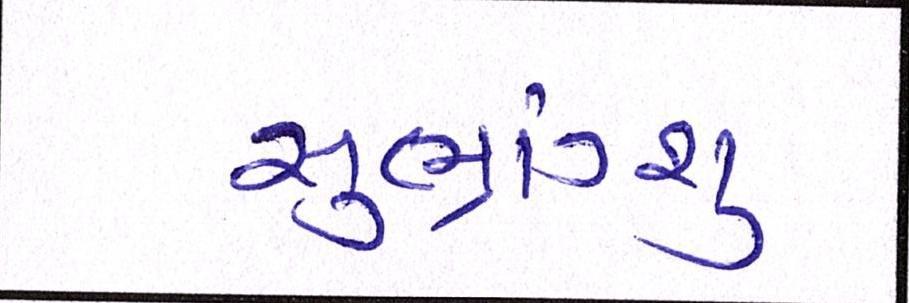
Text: સુભ્રાંગ્શુ